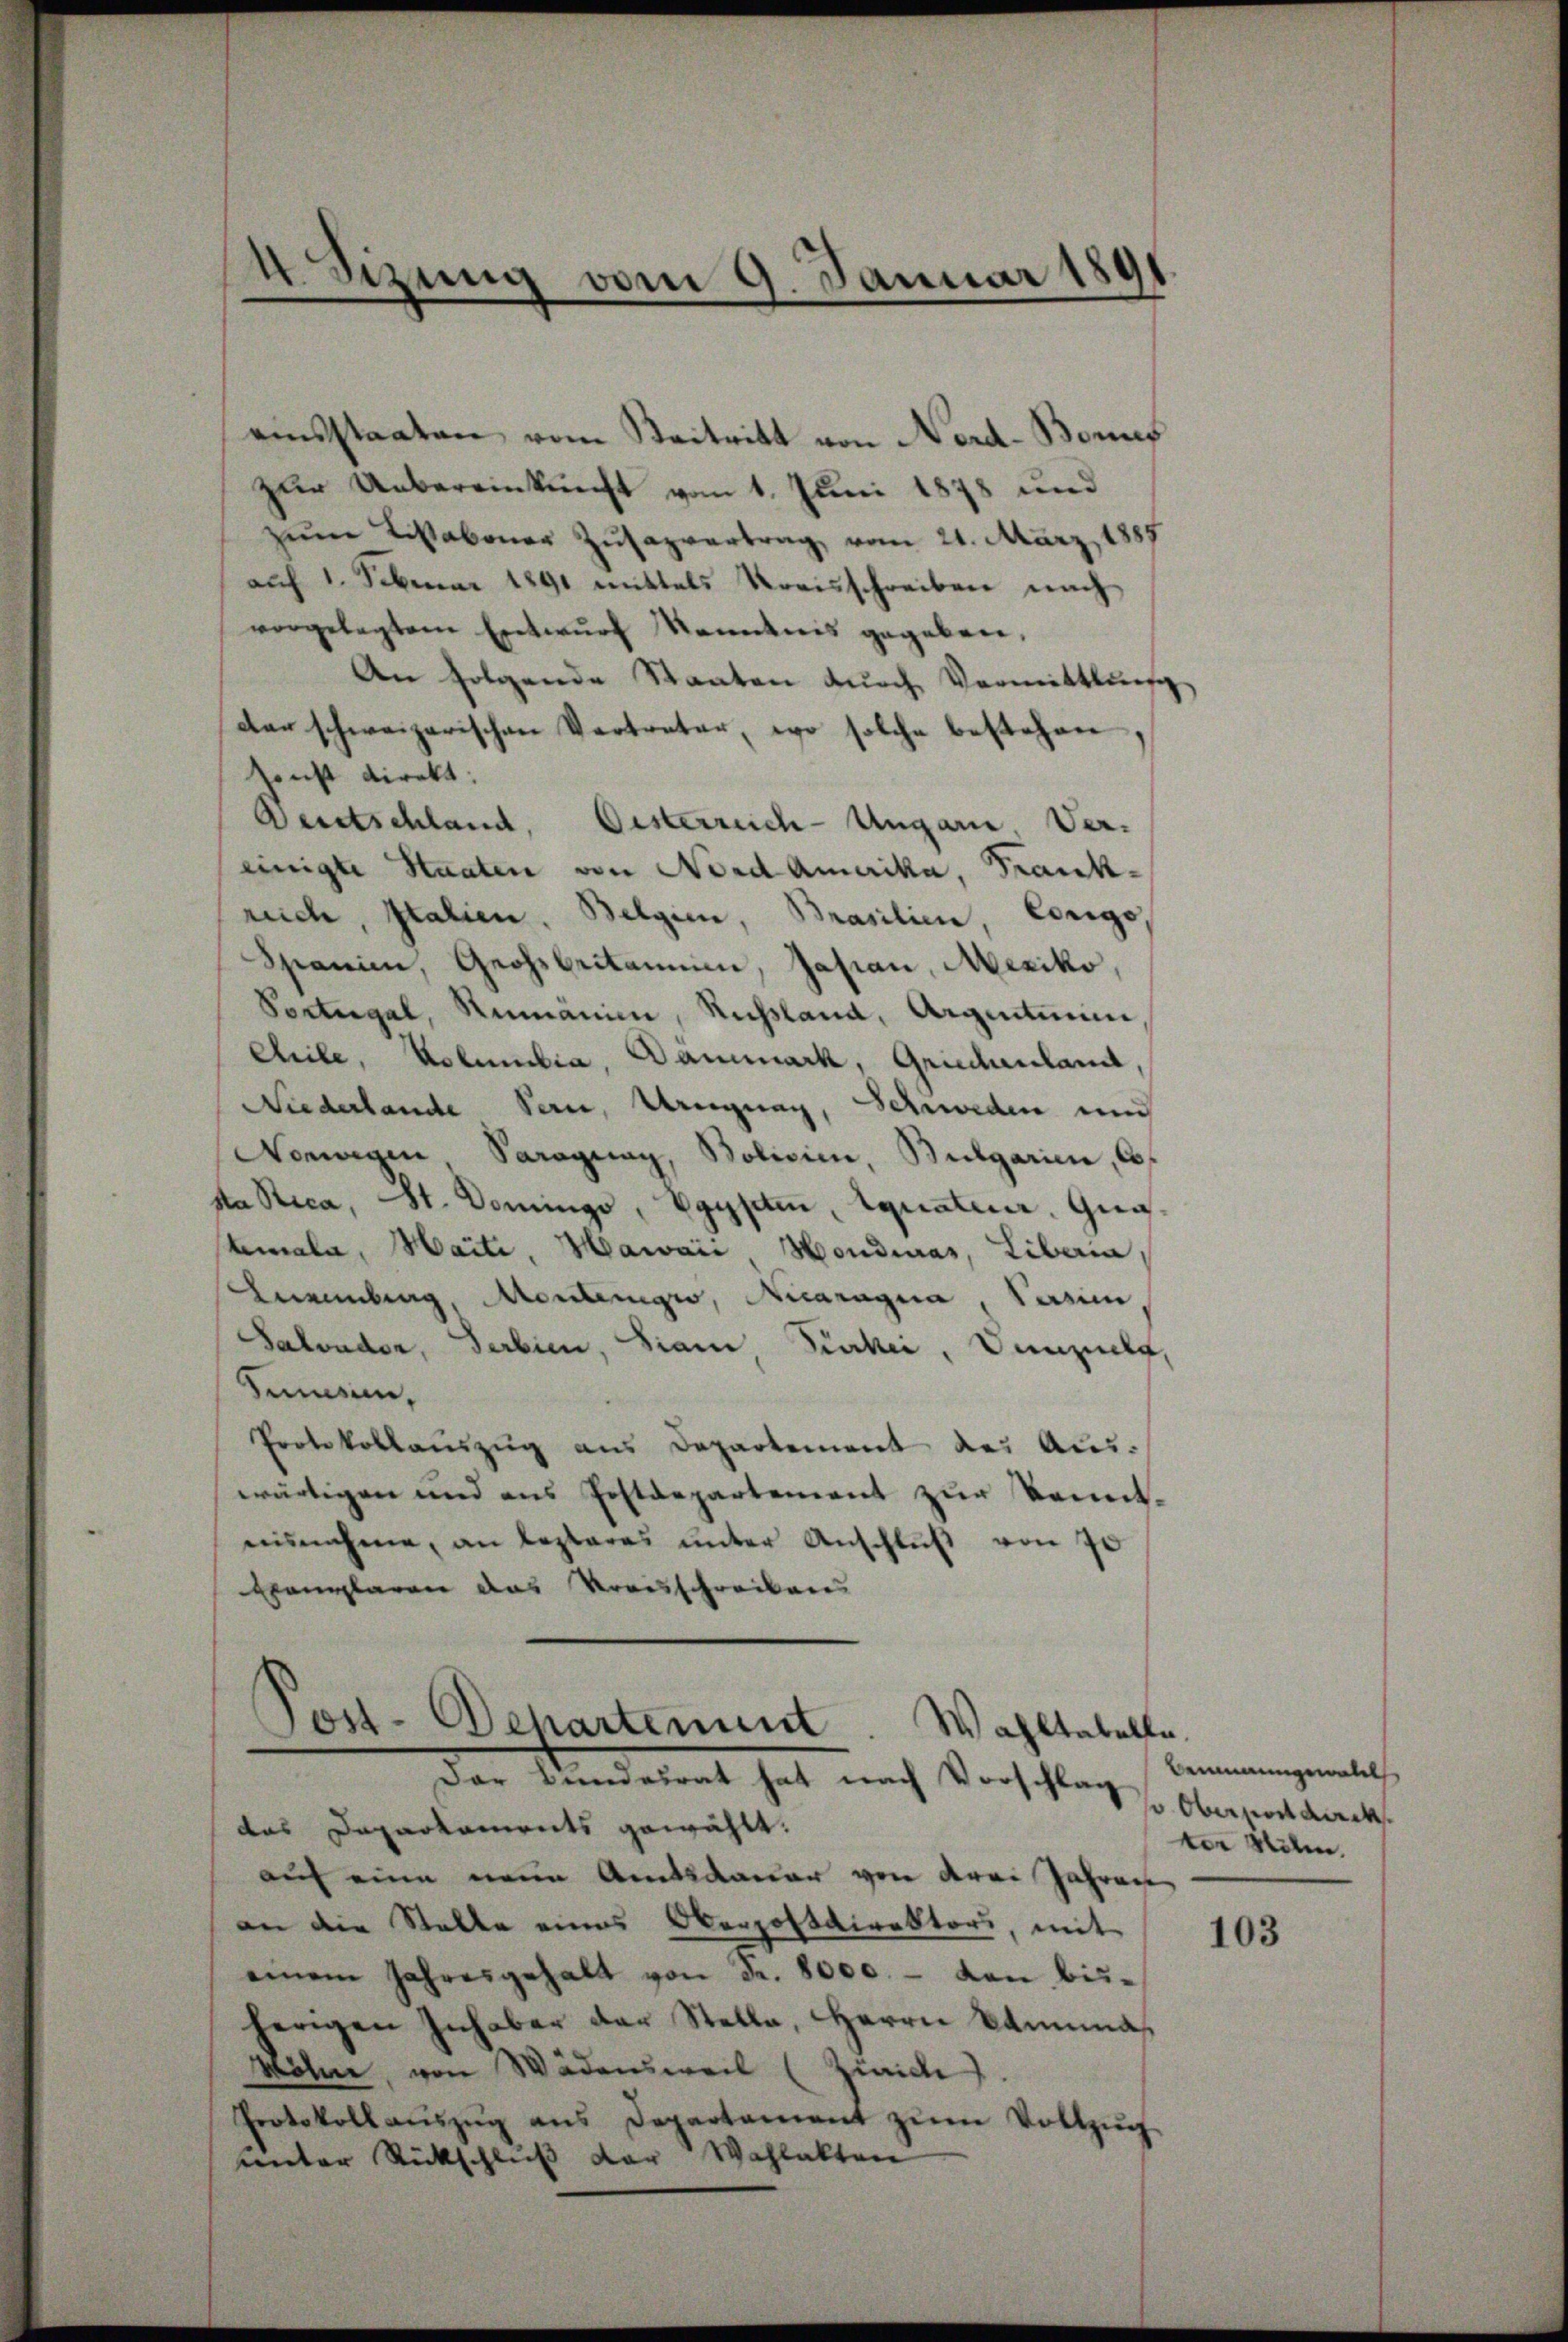
4 Sizung vom 9. Januar 1891

einsstaaten vom Beitritt von Nerd-Bonif
zur Uebereinkunft vom 1. Juni 1878 und
zum Lisaboner Zusazvertrag, vom 21. März 1887
auf 1. Februar 1891 mittels Kreisschreiben nach
vorgelegtem Entwurf Kenntnis gegeben,
An folgende Staaten durch Vermittlung
der schweizerischen Vertreter, wo solche bestehen
sonst direkt:
Deutschland, Oesterreich-Ungarn, Ver-
einigte Staaten von Nord Amerika, Frankruch, Italien. Belgien, Brasilien, Corgo
Spanien, Geohsbestammen, Jasian, Mexiko,
Portugal, Rumänie, Russlana, Argentium,
Chile, Kolumbia, Dammark, Griechenland,
Niederlande Pern, Uregung, Schweden und
Norwegen Paraguay, Bolivie, Bulgarien, 18
ka Stica, St. Domingo, Egypten, Aquateur. Gug
tmala, Haite, Hawaii Hondinas, Liberia
Eurenberg, Montenges, Nicaragua, Versie
Salvader, Serbien, sian Perker, Vinzela,
Zinsen.
Protokollaŭszŭg ans Departement des Aus-
wärtigen und aus Postdepartement zur Kennt-
ausnahme, an lezteres unter Anschlŭβ von 70
Exemplaren das Kreisschreibens

Post-Departement. Wahltabelle.
Der Bundesrat hat nach Vorschlag Oberpostdirek

das Departaments gewählt.
auf eine neue Amtsdauer von drei Jahren
an die Stalle eines Oberpostdirektor, mit
einem Jahresgehalt von Fr. 8000. - von bis-
herigen Inhaber der Stelle, Herrn Kamina
Möhne, von Wädensweil (Zinice)
Protokollaŭszŭg ans Departement zŭm Vollzŭg
unter Rückschluß der Wahlakten

Benmangewalt
ter Stilen.

103